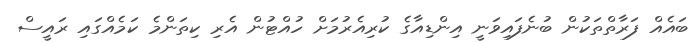
ބައެއް ފަރާތްތަކުން ބުނެފައިވަނީ އިންޑިއާގެ ކުރިއެރުމަށް ހުއްޓުން އެރި ކިތަންމެ ކަމެއްގައި ރައީސް